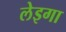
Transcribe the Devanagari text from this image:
लेइगा